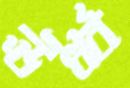
ঊর্ধ্ব